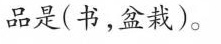
品是(书，盆栽)。